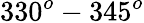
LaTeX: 330^{o}-345^{o}